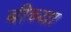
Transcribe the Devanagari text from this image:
बीच्या